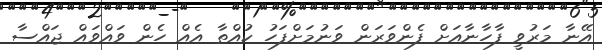
އޭނާ މަރުވީ ފާހާނާއަށް ފެންވަރަން ވަނުމަށްފަހު ކުއްތާ އެއް ހެން ވައްވައް ޖައްސާ